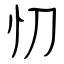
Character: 忉